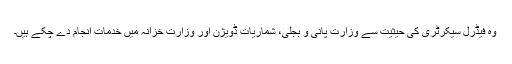
وہ فیڈرل سیکرٹری کی حیثیت سے وزارتِ پانی و بجلی، شماریات ڈویژن اور وزارتِ خزانہ میں خدمات انجام دے چکے ہیں۔